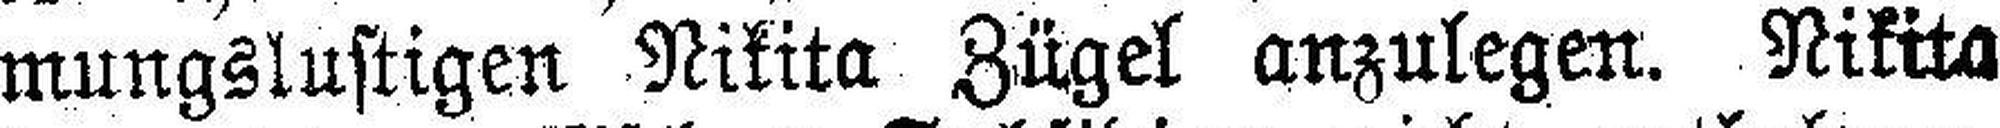
mungslustigen Nikita Zügel anzulegen. Nikita